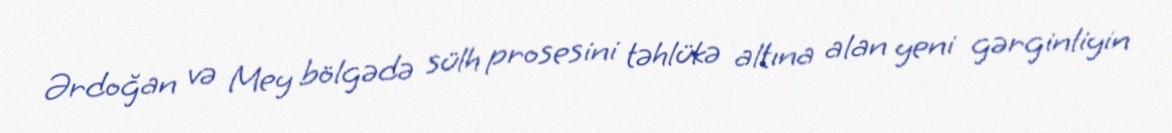
Ərdoğan və Mey bölgədə sülh prosesini təhlükə altına alan yeni gərginliyin